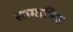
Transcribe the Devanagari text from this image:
सामानित